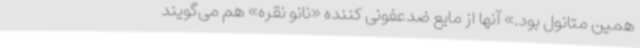
همین متانول بود.» آنها از مایع ضدعفونی کننده «نانو نقره» هم می‌گویند